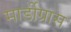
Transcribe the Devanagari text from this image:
मार्डीग्रास